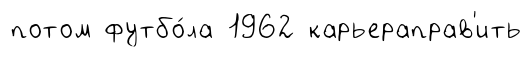
потом футбо́ла 1962 карьераправ'ить